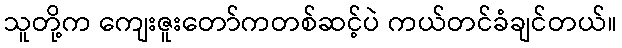
သူတို့က ကျေးဇူးတော်ကတစ်ဆင့်ပဲ ကယ်တင်ခံချင်တယ်။